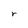
Character: r